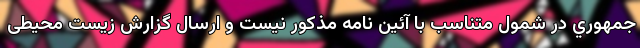
جمهوري در شمول متناسب با آئین نامه مذکور نيست و ارسال گزارش زیست محیطی